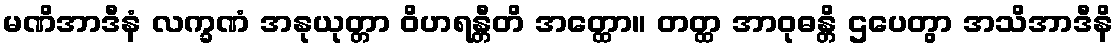
မဏိအာဒီနံ လက္ခဏံ အနုယုတ္တာ ဝိဟရန္တီတိ အတ္ထော။ တတ္ထ အာဝုဓန္တိ ဌပေတွာ အသိအာဒီနိ